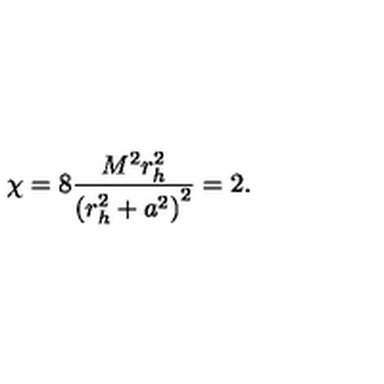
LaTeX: \chi = 8 { \frac { M ^ { 2 } r _ { h } ^ { 2 } } { \left( r _ { h } ^ { 2 } + a ^ { 2 } \right) ^ { 2 } } } = 2 .